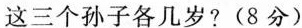
这三个孙子各几岁?(8分)